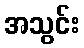
အသွင်း